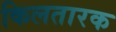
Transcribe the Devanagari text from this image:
किलतारक